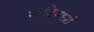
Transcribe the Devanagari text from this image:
नादिमध्यं